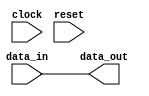
module high_speed_buffer (
    input wire data_in,
    output wire data_out,
    input wire clock,
    input wire reset
);

// Input and output logic for data transmission
assign data_out = data_in;

// Synchronization with clock and reset signals
always @(posedge clock or posedge reset)
begin
    if (reset)
    begin
        // Reset logic goes here
    end
    else
    begin
        // Data transmission logic goes here
    end
end

// Error detection and correction mechanisms
// Code for error detection and correction goes here

// Configurable parameters for signal timing, voltage levels, etc.
// Code for configurable parameters goes here

endmodule